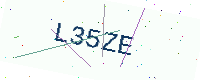
Text: L35ZE